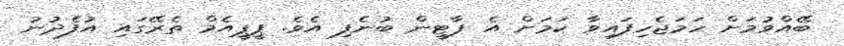
ބޭއްވުމަށް ހަމަޖެހިފައިވާ ކަމަށް އެ ޕާޓީން ބުނެފި އެވެ. ޕީޕީއެމް ތެރޭގައި އުފެދުނު